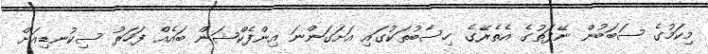
މިކަމުގެ ސަބަބުން ނޭފަތުގެ އެތެރޭގެ ހިސާބުތަކުގައި އަށަގަންނަ އިންފެކްޝަން ބައެއް ފަހަރު ސިކުނޑިއަށް